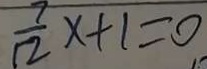
\frac { 7 } { 1 2 } x + 1 = 0